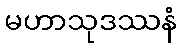
မဟာသုဒဿနံ